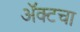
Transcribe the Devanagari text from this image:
अॅक्टचा